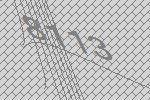
8113